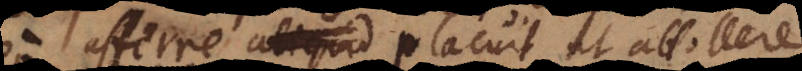
afferre aliquid placuit ut attollere